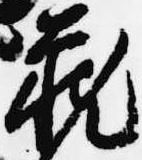
蔵